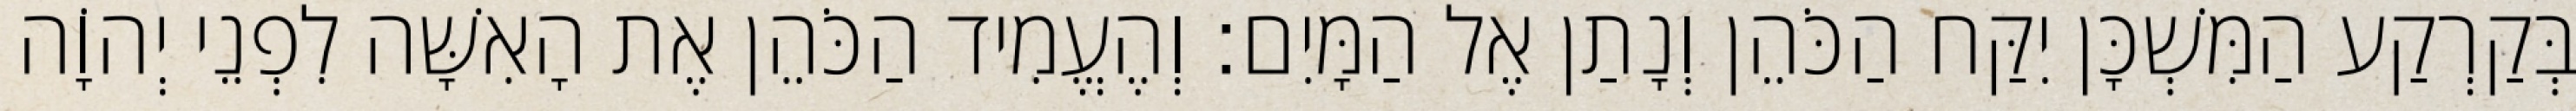
בְּקַרְקַע הַמִּשְׁכָּן יִקַּח הַכֹּהֵן וְנָתַן אֶל הַמָּיִם׃ וְהֶעֱמִיד הַכֹּהֵן אֶת הָאִשָּׁה לִפְנֵי יְהוָֹה